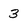
Character: 3